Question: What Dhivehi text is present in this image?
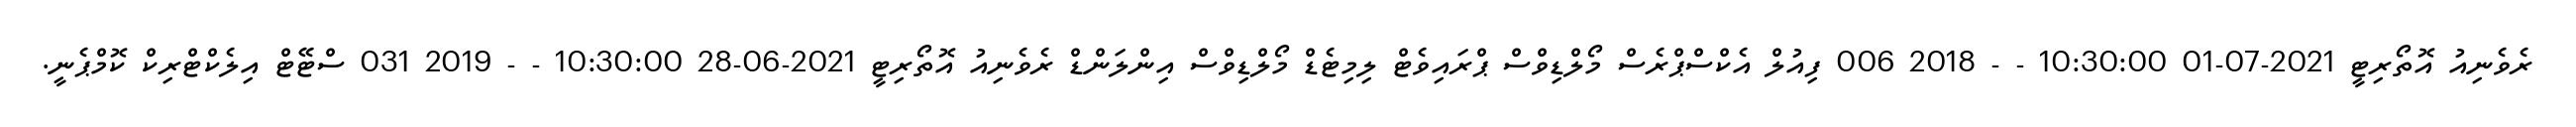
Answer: ރެވެނިއު އޮތޯރިޓީ 2021-07-01 10:30:00 - - 2018 006 ފިއުލް އެކްސްޕްރެސް މޯލްޑިވްސް ޕްރައިވެޓް ލިމިޓެޑް މޯލްޑިވްސް އިންލަންޑް ރެވެނިއު އޮތޯރިޓީ 2021-06-28 10:30:00 - - 2019 031 ސްޓޭޓް އިލެކްޓްރިކް ކޮމްޕެނީ.